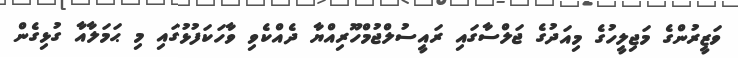
ވަޒީރުންގެ މަޖިލީހުގެ މިއަދުގެ ޖަލްސާގައި ރައީސުލްޖުމްހޫރިއްޔާ ދެއްކެވި ވާހަކަފުޅުގައި މި ޙަމަލާއާ ގުޅިގެން